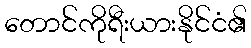
တောင်ကိုရီးယားနိုင်ငံ၏